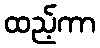
ထည့်ကာ